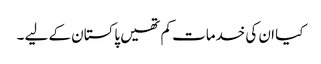
کیا ان کی خدمات کم تھیں پاکستان کے لیے ۔